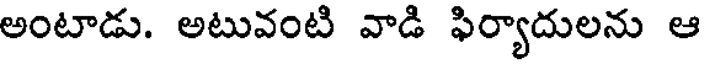
అంటాడు. అటువంటి వాడి ఫిర్యాదులను ఆ